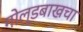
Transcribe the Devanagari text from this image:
गोल्डबाखचा